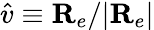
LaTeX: \hat{v}\equiv{\mathbf R}_{e}/|{\mathbf R}_{e}|